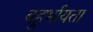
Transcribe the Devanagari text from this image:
बहुर्भायता